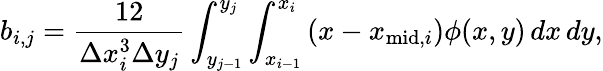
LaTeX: b_{i,j}=\frac{12}{\Delta x_{i}^{3}\Delta y_{j}}\int_{y_{j-1}}^{y_{j}}\int_{x_{i-1}}^{x_{i}}\left(x-x_{\mathrm{mid},i}\right)\phi(x,y)\, dx\, dy,